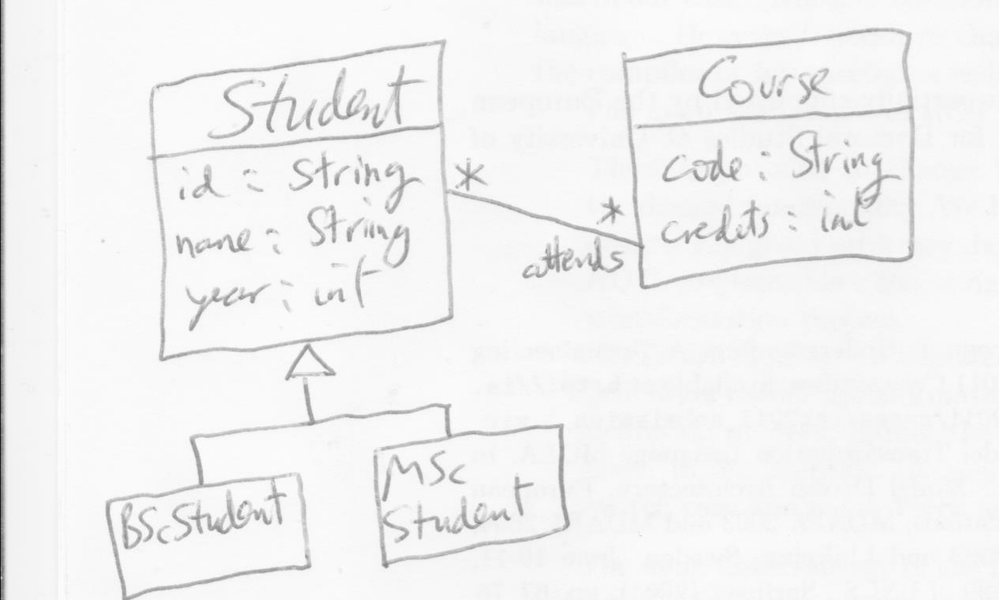
Diagram type: class_diagram
```plantuml
@startuml

class Student {
  id: String
  name: String
  year: int
}

class BScStudent extends Student
class MScStudent extends Student

class Course {
  code: String
  credits: int
}

Student "*" -- "attends *" Course

@enduml
```